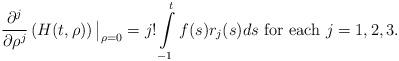
LaTeX: \begin{align*}\displaystyle \frac{\partial^{j}}{\partial \rho^{j}}\left(H(t,\rho)\right){\big|_{\rho =0}}=j!\int\limits_{-1}^tf(s)r_j(s)ds \mbox{ for each } j=1,2,3.\end{align*}